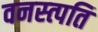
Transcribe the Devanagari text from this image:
वनस्त्पति